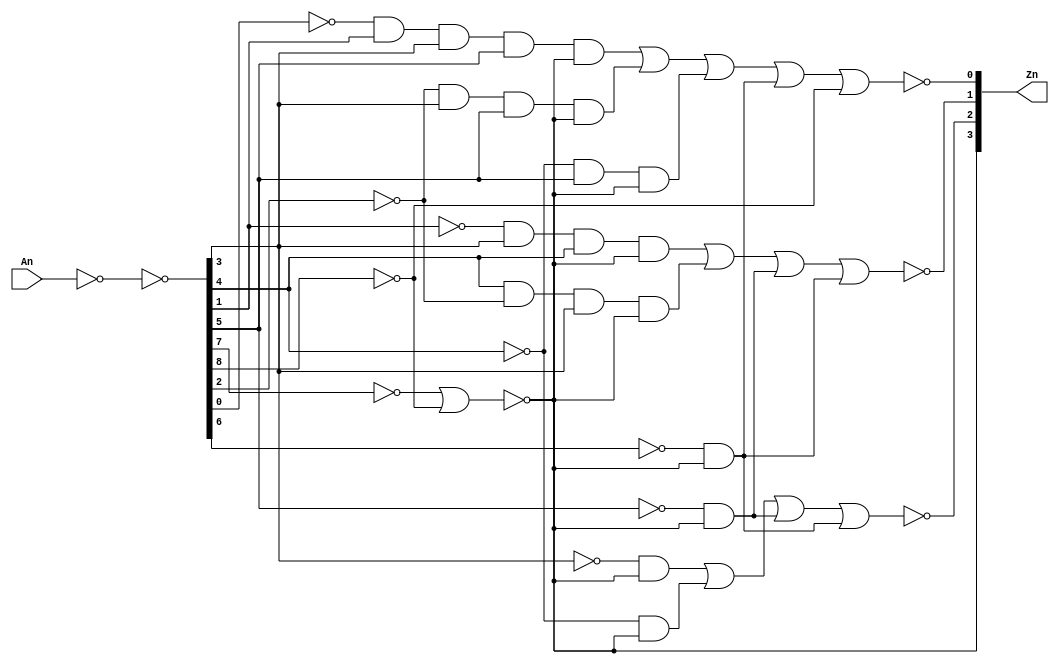
module ttl74147_v (
  input [9:1] An,
  output [3:0] Zn
  );

  /*
  TTL74147 TTL74147(
    .An(An),
    .Zn(Zn)
    );
  */


  wire [9:1] Ak;
  wire [9:1] A;
  assign Ak= ~An;
  assign A = ~Ak;
  //wire [3:0] Znn;
  //assign Zn = ~Znn;
  wire w_and_1;
  wire w_and_2;
  wire w_and_3;
  wire w_and_4;
  wire w_and_5;
  wire w_and_6;
  wire w_and_7;
  wire w_and_8;
  wire w_and_9;
  wire w_and_10;
  wire w_and_11;
  wire w_and_12;
  wire w_or_1;
  nor(w_or_1, ~A[8], ~A[9]);
  and(w_and_1, ~A[2], A[4], A[5], w_or_1);
  and(w_and_2, A[5], ~A[3], A[4], w_or_1);
  and(w_and_3, ~A[6], w_or_1);
  and(w_and_4, ~A[1] , ~A[1], A[2] , A[4] , A[6] , w_or_1);
  //
  and(w_and_5, ~A[3] , A[4] , A[6] , w_or_1);
  and(w_and_6, ~A[5] , A[6] ,w_or_1);
  and(w_and_7, ~A[4] , w_or_1);
  and(w_and_8, ~A[5] , w_or_1);
  and(w_and_9, ~A[6] , w_or_1);
  and(w_and_10, ~A[7] , w_or_1);
  and(w_and_11, ~A[7] , w_or_1);
  and(w_and_12, ~A[7] , w_or_1);
  nor(Zn[0], w_and_4,w_and_4,w_and_5,w_and_6,w_and_10,~A[9]);
  nor(Zn[1], w_and_1,w_and_2,w_and_3,w_and_12);
  nor(Zn[2], w_and_7,w_and_8,w_and_9,w_and_11);
  nor(Zn[3], ~A[8], ~A[9]);


endmodule //multiplexer_4to1